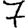
Digit: 7